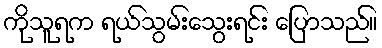
ကိုသူရက ရယ်သွမ်းသွေးရင်း ပြောသည်။